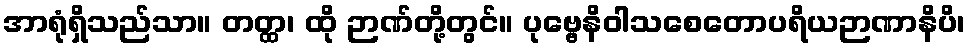
အာရုံရှိသည်သာ။ တတ္ထ၊ ထို ဉာဏ်တို့တွင်။ ပုဗ္ဗေနိဝါသစေတောပရိယဉာဏာနိပိ၊